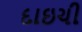
દાઇચી